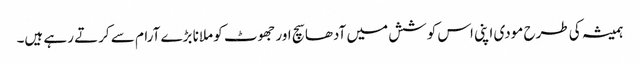
ہمیشہ کی طرح مودی اپنی اس کوشش میں آدھا سچ اور جھوٹ کو ملانا بڑے آرام سے کرتے رہے ہیں۔